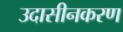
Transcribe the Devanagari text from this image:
उदासीनकरण